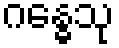
ဂန္ဓေသု